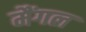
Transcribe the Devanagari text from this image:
मैंगल